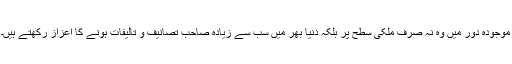
موجودہ دور میں وہ نہ صرف ملکی سطح پر بلکہ دنیا بھر میں سب سے زیادہ صاحبِ تصانیف و تالیفات ہونے کا اعزاز رکھتے ہیں۔